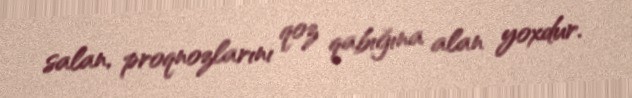
salan, proqnozlarını qoz qabığına alan yoxdur.